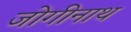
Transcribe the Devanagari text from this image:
जोगीनाथ